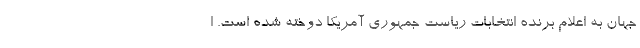
جهان به اعلام برنده انتخابات ریاست جمهوری آمریکا دوخته شده است. ا